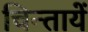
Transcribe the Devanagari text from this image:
चिन्तायें